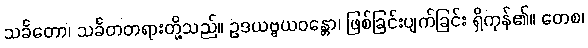
သင်္ခတော၊ သင်္ခတတရားတို့သည်။ ဥဒယဗ္ဗယဝန္တော၊ ဖြစ်ခြင်းပျက်ခြင်း ရှိကုန်၏။ တေစ၊